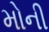
મોની